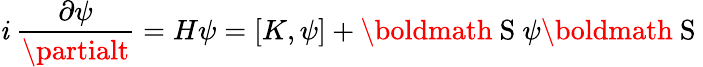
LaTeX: \mathit{i}~\frac{{\partial\psi}}{{\partialt}}=H\psi=[K,\psi]+\mathrm{{\boldmath~S~}}\psi\mathrm{{\boldmath~S~}}